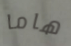
هاما